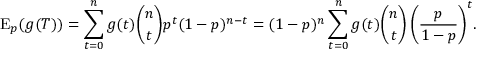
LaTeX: \operatorname { E } _ { p } ( g ( T ) ) = \sum _ { t = 0 } ^ { n } { g ( t ) { \binom { n } { t } } p ^ { t } ( 1 - p ) ^ { n - t } } = ( 1 - p ) ^ { n } \sum _ { t = 0 } ^ { n } { g ( t ) { \binom { n } { t } } \left( { \frac { p } { 1 - p } } \right) ^ { t } } .